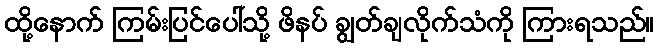
ထို့နောက် ကြမ်းပြင်ပေါ်သို့ ဖိနပ် ချွတ်ချလိုက်သံကို ကြားရသည်။